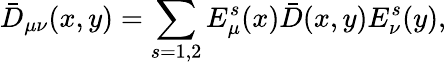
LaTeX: \bar{D}_{\mu\nu}(x,y)=\sum_{s=1,2}E_{\mu}^{s}(x)\bar{D}(x,y)E_{\nu}^{s}(y),